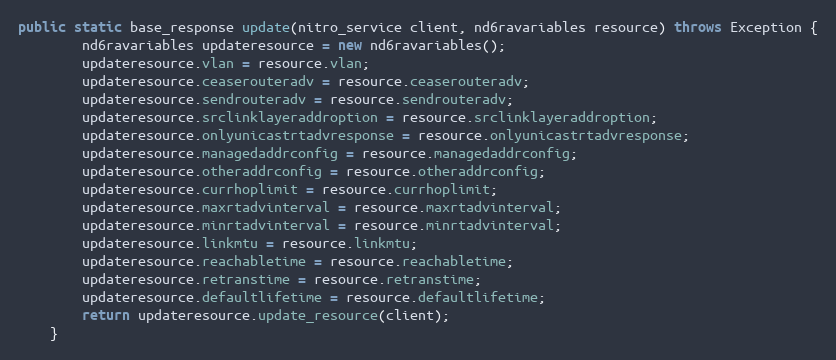
Language: Java
public static base_response update(nitro_service client, nd6ravariables resource) throws Exception {
		nd6ravariables updateresource = new nd6ravariables();
		updateresource.vlan = resource.vlan;
		updateresource.ceaserouteradv = resource.ceaserouteradv;
		updateresource.sendrouteradv = resource.sendrouteradv;
		updateresource.srclinklayeraddroption = resource.srclinklayeraddroption;
		updateresource.onlyunicastrtadvresponse = resource.onlyunicastrtadvresponse;
		updateresource.managedaddrconfig = resource.managedaddrconfig;
		updateresource.otheraddrconfig = resource.otheraddrconfig;
		updateresource.currhoplimit = resource.currhoplimit;
		updateresource.maxrtadvinterval = resource.maxrtadvinterval;
		updateresource.minrtadvinterval = resource.minrtadvinterval;
		updateresource.linkmtu = resource.linkmtu;
		updateresource.reachabletime = resource.reachabletime;
		updateresource.retranstime = resource.retranstime;
		updateresource.defaultlifetime = resource.defaultlifetime;
		return updateresource.update_resource(client);
	}